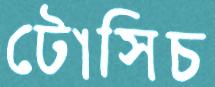
টোসিচ